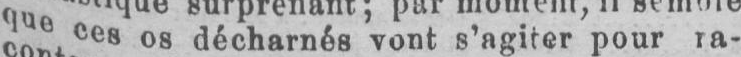
queces os décharnés vont s’agiter pour ra-